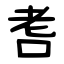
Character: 䎛